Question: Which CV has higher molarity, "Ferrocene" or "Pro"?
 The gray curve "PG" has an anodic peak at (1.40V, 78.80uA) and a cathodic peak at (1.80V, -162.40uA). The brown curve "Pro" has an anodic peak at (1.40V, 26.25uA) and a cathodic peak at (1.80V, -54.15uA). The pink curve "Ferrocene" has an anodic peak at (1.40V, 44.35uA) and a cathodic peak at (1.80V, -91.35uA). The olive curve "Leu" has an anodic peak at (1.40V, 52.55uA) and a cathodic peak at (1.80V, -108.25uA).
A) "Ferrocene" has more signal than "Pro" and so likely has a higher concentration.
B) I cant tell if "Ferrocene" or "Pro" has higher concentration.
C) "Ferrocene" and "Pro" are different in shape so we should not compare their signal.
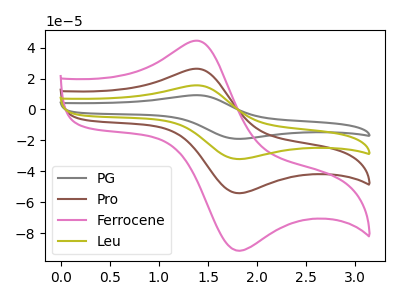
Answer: <think>All the peaks in "Ferrocene" have a peak in "Pro" at the same potential. Every peak in "Ferrocene" is higher than every peak in "Pro".
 </think>
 <answer>A) "Ferrocene" has more signal than "Pro" and so likely has a higher concentration.</answer>
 <eval>A</eval>